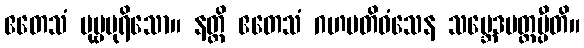
ဧတေသံ ပုဗ္ဗပုရိသော။ နတ္ထိ ဧတေသံ ဂဟပတိဝံသေန သမ္ဘေဒမတ္တမ္ပီတိ။